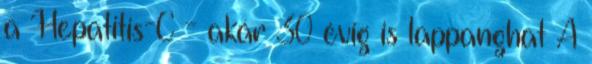
a Hepatitis-C - akár 30 évig is lappanghat A